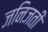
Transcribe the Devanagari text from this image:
जनिजती